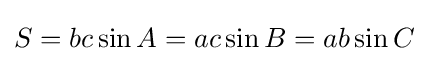
S=bc\sin A=ac\sin B=ab\sin C